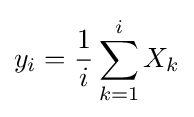
y_{i}={\frac {1}{i}}\sum _{k=1}^{i}X_{k}